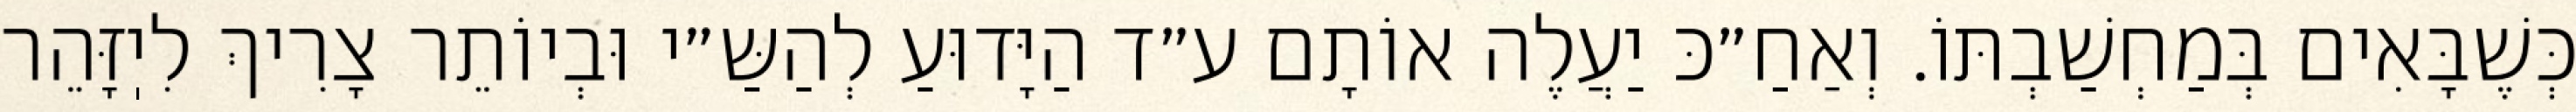
כְּשֶׁבָּאִים בְּמַחְשַׁבְתּוֹ. וְאַחַ״כּ יַעֲלֶה אוֹתָם ע״ד הַיָּדוּעַ לְהַשַּ״י וּבְיוֹתֵר צָרִיךְ לִיֽזָּהֵר